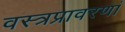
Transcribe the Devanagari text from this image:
वस्त्रप्रावरणां